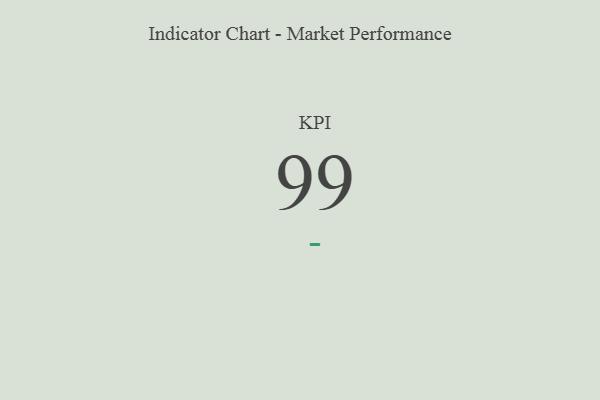
{"axis": {"x": "KPI", "y": "Value"}, "legend": [""], "data": [{"x": "KPI", "y": 99, "type": ""}]}